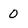
Character: 0